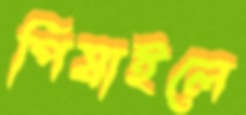
পিষাইলে